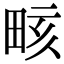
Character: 畡